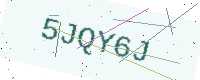
Text: 5JQY6J